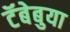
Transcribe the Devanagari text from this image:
टॅबेबुया